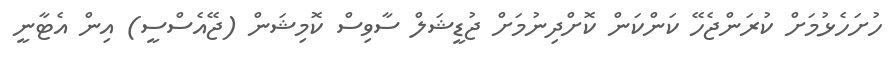
ހުށަހެޅުމަށް ކުރަންޖެހޭ ކަންކަން ކޮށްދިނުމަށް ޖުޑީޝަލް ސާވިސް ކޮމިޝަން (ޖޭއެސްސީ) އިން އެޓާނީ